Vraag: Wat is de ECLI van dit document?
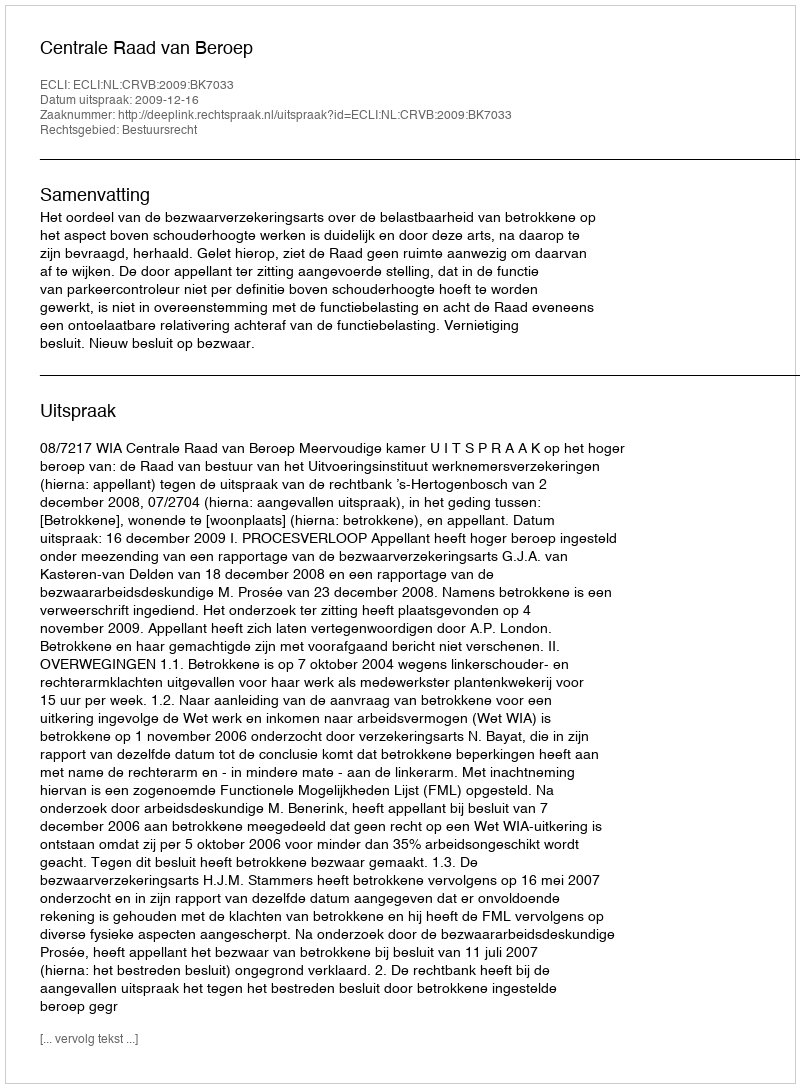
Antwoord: ECLI:NL:CRVB:2009:BK7033